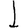
Digit: 1